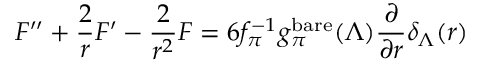
F ^ { \prime \prime } + \frac { 2 } { r } F ^ { \prime } - \frac { 2 } { r ^ { 2 } } F = 6 f _ { \pi } ^ { - 1 } g _ { \pi } ^ { \mathrm { b a r e } } ( \Lambda ) \frac { \partial } { \partial r } \delta _ { \Lambda } ( r )